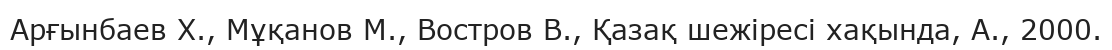
Арғынбаев Х., Мұқанов М., Востров В., Қазақ шежіресі хақында, А., 2000.